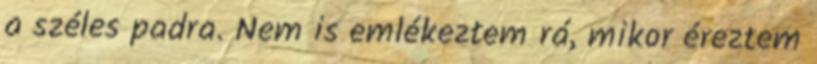
a széles padra. Nem is emlékeztem rá, mikor éreztem